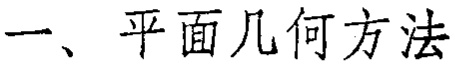
一、平面几何方法